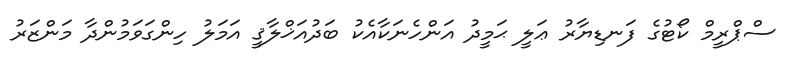
ސްޕްރީމް ކޯޓުގެ ފަނޑިޔާރު ޢަލީ ޙަމީދު އަންހެނަކާއެކު ބަދުއަޚްލާޤީ އަމަލު ހިންގަވަމުންދާ މަންޒަރު